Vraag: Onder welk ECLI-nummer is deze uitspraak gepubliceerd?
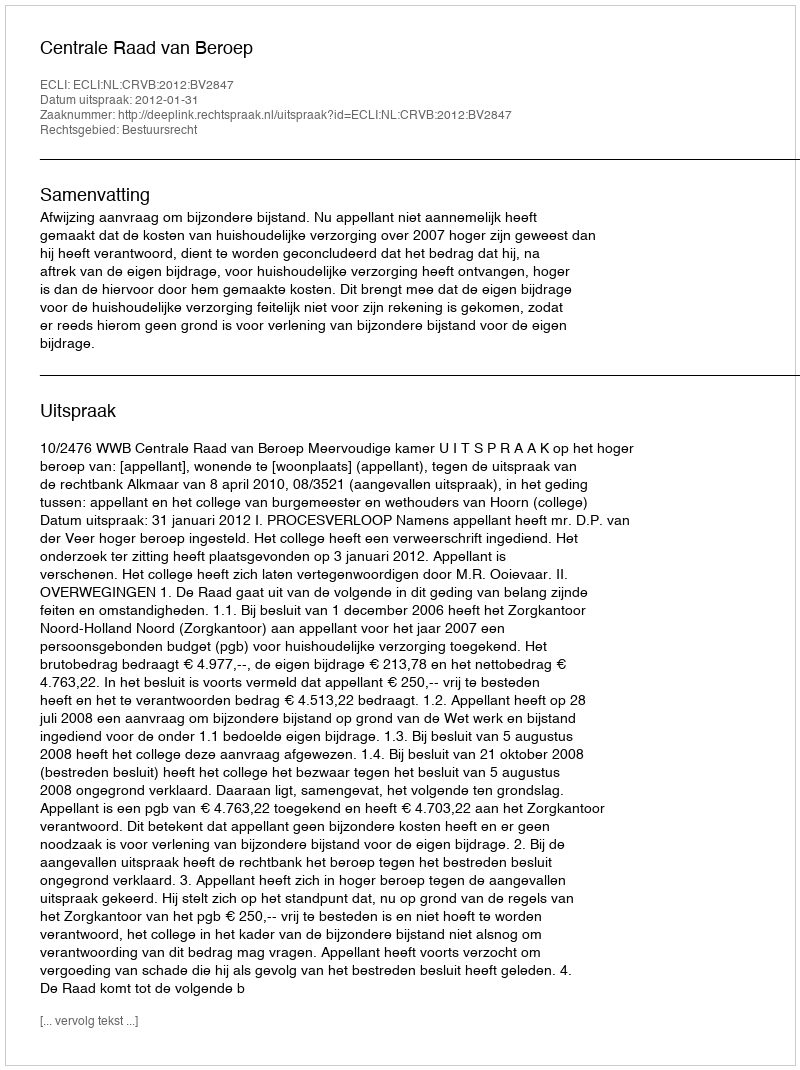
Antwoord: ECLI:NL:CRVB:2012:BV2847